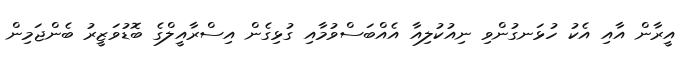
އީރާން އާއި އެކު ހުޅަނގުންވި ނިއުކުލިއާ އެއްބަސްވުމާއި ގުޅިގެން އިސްރާއީލްގެ ބޮޑުވަޒީރު ބެންޖަމިން